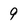
Character: 9